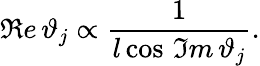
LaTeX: \Re e\, \vartheta_{j}\propto\frac{1}{l\cos\, \Im m\, \vartheta_{j}}.